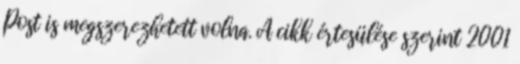
Post is megszerezhetett volna. A cikk értesülése szerint 2001